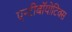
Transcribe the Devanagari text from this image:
एन्टीबॉयोटिक्स